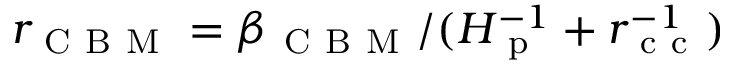
r _ { \mathrm { ~ C ~ B ~ M ~ } } = \beta _ { \mathrm { ~ C ~ B ~ M ~ } } / ( H _ { \mathrm { ~ p ~ } } ^ { - 1 } + r _ { \mathrm { ~ c ~ c ~ } } ^ { - 1 } )